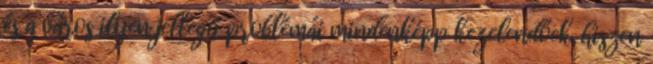
és a város ilyen jellegű problémái mindenképp kezelendőek, hiszen